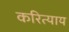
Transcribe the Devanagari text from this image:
करित्याय